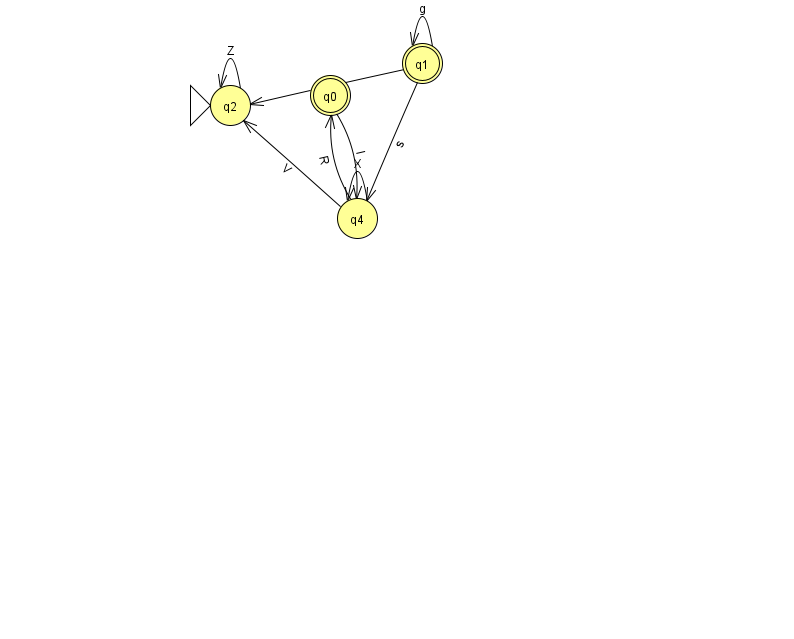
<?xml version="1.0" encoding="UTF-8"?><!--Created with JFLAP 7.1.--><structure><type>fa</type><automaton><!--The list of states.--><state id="0" name="q0"><x>330.0</x><y>82.0</y><final/></state><state id="1" name="q1"><x>422.0</x><y>50.0</y><final/></state><state id="2" name="q2"><x>230.0</x><y>92.0</y><initial/></state><state id="4" name="q4"><x>357.0</x><y>205.0</y></state><!--The list of transitions.--><transition><from>4</from><to>0</to><read>R</read></transition><transition><from>1</from><to>1</to><read>g</read></transition><transition><from>4</from><to>4</to><read>X</read></transition><transition><from>2</from><to>2</to><read>Z</read></transition><transition><from>4</from><to>2</to><read>V</read></transition><transition><from>1</from><to>2</to><read>I</read></transition><transition><from>1</from><to>4</to><read>s</read></transition><transition><from>0</from><to>4</to><read>I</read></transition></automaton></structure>